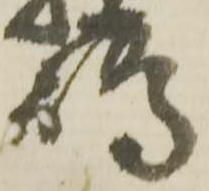
嶋